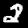
Label: 2